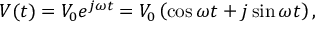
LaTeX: V ( t ) = V _ { 0 } e ^ { j \omega t } = V _ { 0 } \left( \cos \omega t + j \sin \omega t \right) ,